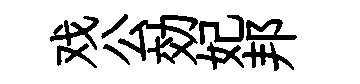
戏公効妃邦